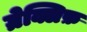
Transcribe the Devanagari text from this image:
ग्रेक्लिफ़